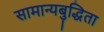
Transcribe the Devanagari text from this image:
सामान्यबुद्धिता